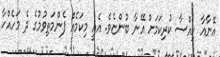
އޭނާއާ ހިއްސާ ކުރިކަމަށް އޭނާ ބުންޏެވެ. އެއީ މިކަމެއް ފެންމަތިވުމުގެ ދެ މަހެއްހާ